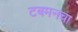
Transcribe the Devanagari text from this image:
टबमनचा